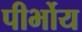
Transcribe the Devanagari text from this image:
पीर्भोय